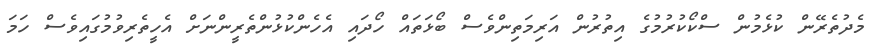
މެދުތެރޭން ކުޅެމުން ސްކޯކުރުމުގެ އިތުރުން އަރިމަތިންވެސް ބޯޅަތައް ހޯދައި އެހެންކުޅުންތެރީންނަށް އެހީތެރިވުމުގައިވެސް ހަމަ